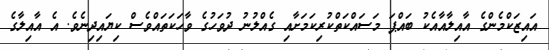
އައިޒަކްމެންގެ އާއިލާއާއެކު ބައްޕަ މަސައްކަތްކުރިކަމަށާއި ގެއްލުނު ދުވަހުގެ ވާހަކަތައްވެސް ކިޔައިދިނެވެ. އެ އާއިލާގެ